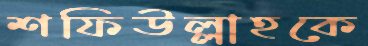
শফিউল্লাহকে